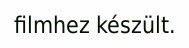
filmhez készült.